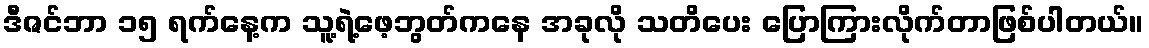
ဒီဇင်ဘာ ၁၅ ရက်နေ့က သူ့ရဲ့ဖေ့ဘွတ်ကနေ အခုလို သတိပေး ပြောကြားလိုက်တာဖြစ်ပါတယ်။